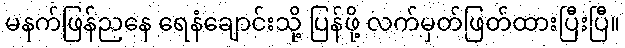
မနက်ဖြန်ညနေ ရေနံချောင်းသို့ ပြန်ဖို့ လက်မှတ်ဖြတ်ထားပြီးပြီ။